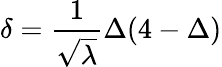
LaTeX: \delta=\frac{1}{\sqrt{\lambda}}\Delta(4-\Delta)